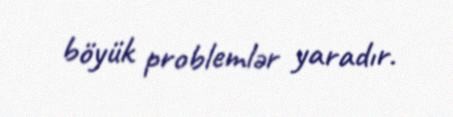
böyük problemlər yaradır.